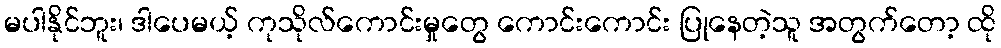
မပါနိုင်ဘူး၊ ဒါပေမယ့် ကုသိုလ်ကောင်းမှုတွေ ကောင်းကောင်း ပြုနေတဲ့သူ အတွက်တော့ ထို